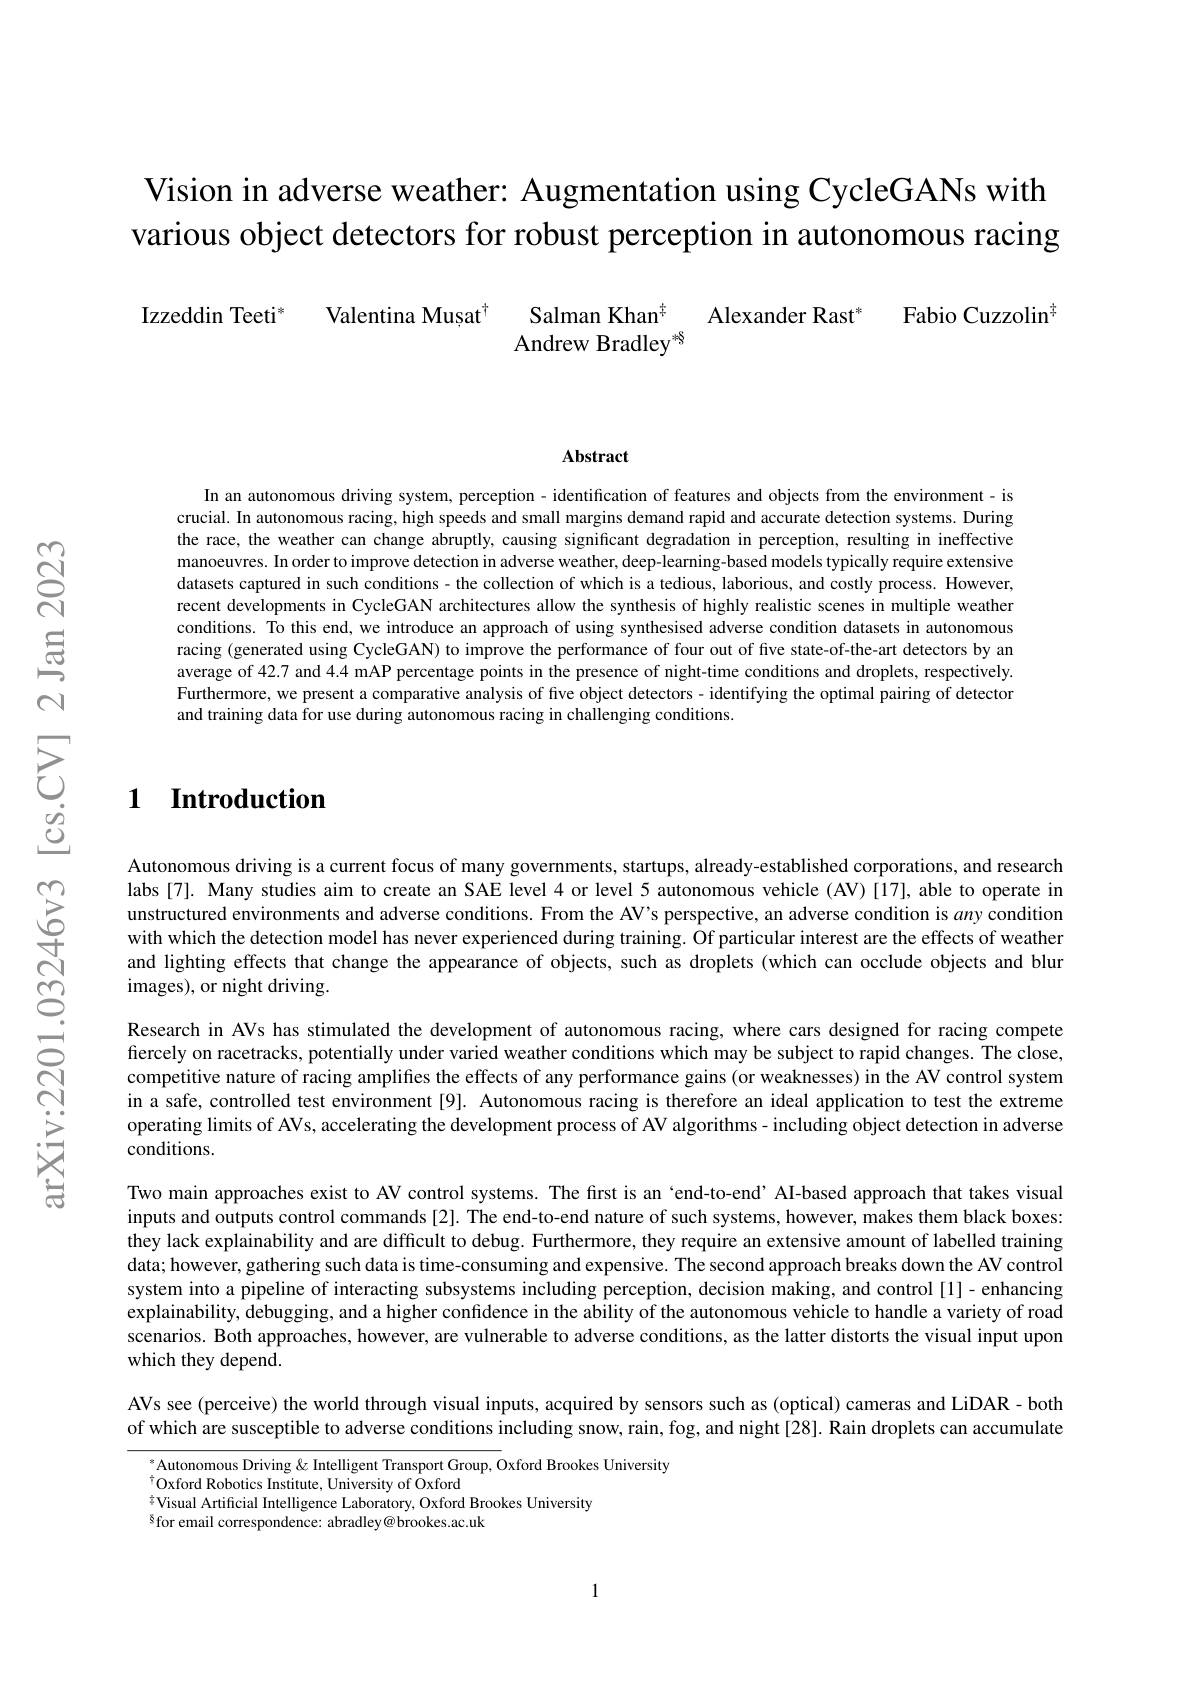
# Vision in adverse weather: Augmentation using CycleGANs with various object detectors for robust perception in autonomous racing

Fabio Cuzzolin$^{[\mathrm{m}]}$

Izzeddin Teeti* Valentina Mușat$^{\dagger}$ Salman Khan$^{\ddagger}$ Alexander Rast$^{\ast}$

Abstract

In an autonomous driving system, perception - identification of features and objects from the environment- is crucial. In autonomous racing, high speeds and small margins demand rapid and accurate detection systems. During the race, the weather can change abruptly, causing significant degradation in perception, resulting in ineffective manoeuvres. In order to improve detection in adverse weather, deep-learning-based models typically require extensive datasets captured in such conditions- the collection of which is a tedious, laborious, and costly process. However, recent developments in CycleGAN architectures allow the synthesis of highly realistic scenes in multiple weather conditions. To this end, we introduce an approach of using synthesised adverse condition datasets in autonomous racing (generated using CycleGAN) to improve the performance of four out of five state-of-the-art detectors by an average of 42.7 and 4.4 mAP percentage points in the presence of night-time conditions and droplets, respectively. Furthermore, we present a comparative analysis of five object detectors - identifying the optimal pairing of detector and training data for use during autonomous racing in challenging conditions

1 Introduction

Autonomous driving is a current focus of many governments, startups, already-established corporations, and research labs[7]. Many studies aim to create an SAE level 4 or level 5 autonomous vehicle (AV)[17],able to operate in unstructured environments and adverse conditions. From the AV's perspective, an adverse condition is any condition with which the detection model has never experienced during training. Of particular interest are the effects of weather and lighting effects that change the appearance of objects, such as droplets (which can occlude objects and blur images), or night driving.

Research in AVs has stimulated the development of autonomous racing, where cars designed for racing compete fiercely on racetracks, potentially under varied weather conditions which may be subject to rapid changes. The close, competitive nature of racing amplifies the effects of any performance gains (or weaknesses) in the AV control system in a safe, controlled test environment [9]. Autonomous racing is therefore an ideal application to test the extreme operating limits of AVs, accelerating the development process of AV algorithms- including object detection in adverse conditions.

Two main approaches exist to AV control systems. The frst is an `end-to-end’ AI-based approach that takes visual inputs and outputs control commands [2]. The end-to-end nature of such systems, however, makes them black boxes: they lack explainability and are difficult to debug. Furthermore, they require an extensive amount of labelled training data; however, gathering such data is time-consuming and expensive. The second approach breaks down the AV control system into a pipeline of interacting subsystems including perception, decision making, and control [1]- enhancing explainability, debugging, and a higher confidence in the ability of the autonomous vehicle to handle a variety of road scenarios. Both approaches, however, are vulnerable to adverse conditions, as the latter distorts the visual input upon which they depend.

AVs see (perceive) the world through visual inputs, acquired by sensors such as (optical) cameras and LiDAR - both

of which are susceptible to adverse conditions including snow, rain, fog, and night [28]. Rain droplets can accumulate

Autonomous Driving & Intelligent Transport Group, Oxford Brookes University
$^{\dagger}$Oxford Robotics Institute, University of Oxford
$\frac{7}{4}$Visual Artificial Intelligence Laboratory, Oxford Brookes University
$^{8}$for email correspondence: abradley@brookes.ac.uk